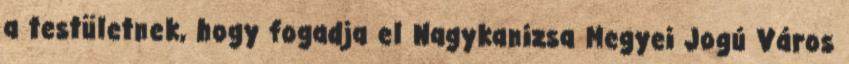
a testületnek, hogy fogadja el Nagykanizsa Megyei Jogú Város